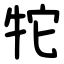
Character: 㸰